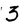
Character: 3